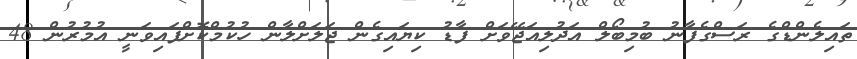
ތައިލެންޑްގެ ރަސްގެފާނު ބުމިބޯލް އަދުލިއަޖޭވަށް ފާޑު ކިޔައިގެން ޖަލަށްލާން ހުކުމްކޮށްފައިވަނީ އުމުރުން 48